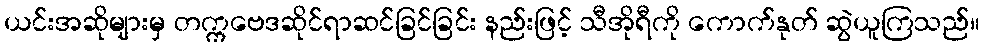
ယင်းအဆိုများမှ တက္ကဗေဒဆိုင်ရာဆင်ခြင်ခြင်း နည်းဖြင့် သီအိုရီကို ကောက်နုတ် ဆွဲယူကြသည်။